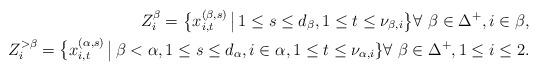
LaTeX: \begin{align*} Z^{\beta}_{i}=\big\{x^{(\beta,s)}_{i,t} \, \big| \, 1\leq s\leq d_{\beta}, 1\leq t\leq \nu_{\beta,i}\big\} \forall\ \beta\in\Delta^{+}, i\in \beta, \\ Z^{>\beta}_{i}=\big\{x^{(\alpha,s)}_{i,t} \, \big| \, \beta<\alpha, 1\leq s\leq d_{\alpha}, i\in\alpha, 1\leq t\leq \nu_{\alpha,i}\} \forall\ \beta\in\Delta^{+}, 1\leq i\leq 2.\end{align*}